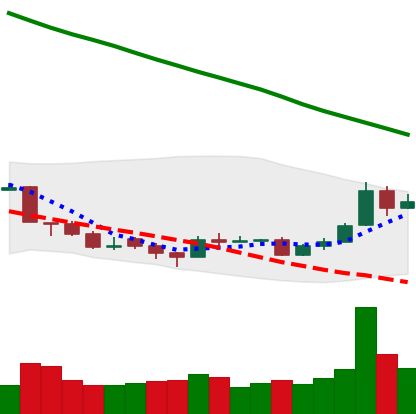
Ticker: TRX-USD
Chart end date: 2018-09-23
Forward return: -7.621%
Label: down_7plus